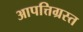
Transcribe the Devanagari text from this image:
आपत्तिग्रस्त